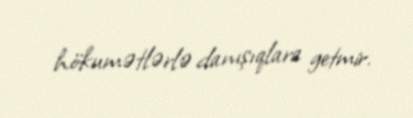
hökumətlərlə danışıqlara getmir.